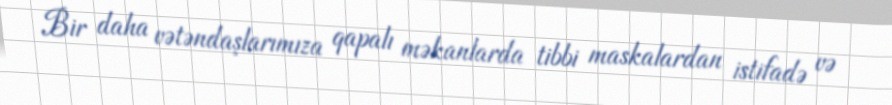
Bir daha vətəndaşlarımıza qapalı məkanlarda tibbi maskalardan istifadə və